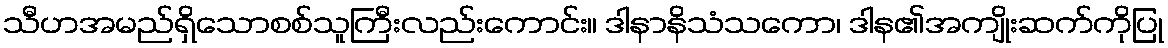
သီဟအမည်ရှိသောစစ်သူကြီးလည်းကောင်း။ ဒါနာနိသံသကော၊ ဒါန၏အကျိုးဆက်ကိုပြု